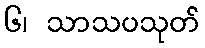
၆၊ သာသပသုတ်